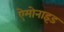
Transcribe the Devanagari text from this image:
ऐमोनाइड